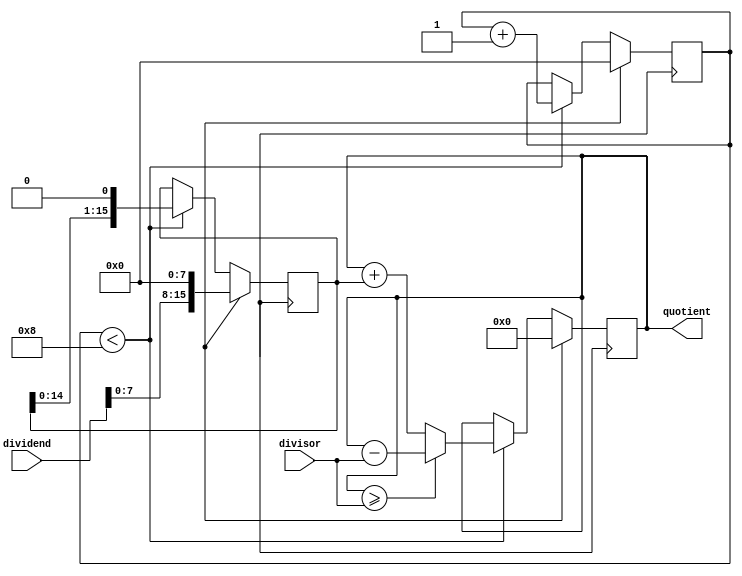
module FractionalDivider (
    input wire [15:0] dividend,
    input wire [7:0] divisor,
    output wire [15:0] quotient
);

reg [15:0] shift_dividend;
reg [15:0] temp_result;
reg [7:0] shift_count;
reg [7:0] precision = 8;

always @ (posedge clk) begin
    // Initialize values
    if (reset) begin
        shift_dividend <= dividend << 8;
        shift_count <= 0;
        temp_result <= 0;
    end
    // Perform division
    else begin
        if (shift_count < precision) begin
            if (temp_result >= divisor) begin
                temp_result <= temp_result - divisor;
                shift_dividend <= shift_dividend << 1;
            end
            else begin
                temp_result <= temp_result + shift_dividend;
                shift_dividend <= shift_dividend << 1;
            end
            shift_count <= shift_count + 1;
        end
    end
end

assign quotient = temp_result;

endmodule